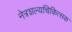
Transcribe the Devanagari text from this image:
नेत्रशल्यचिकित्सक